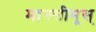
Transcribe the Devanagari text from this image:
माक्सीमूस्